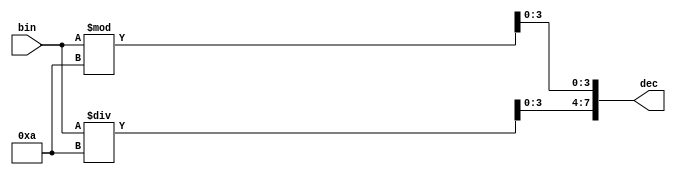
//Create a set of counters suitable for use as a 12-hour clock (with am/pm indicator). 
//Your counters are clocked by a fast-running clk, with a pulse on ena whenever your clock should increment (i.e., once per second).

//reset resets the clock to 12:00 AM. pm is 0 for AM and 1 for PM. hh, mm, and ss are two BCD (Binary-Coded Decimal)
//digits each for hours (01-12), minutes (00-59), and seconds (00-59). Reset has higher priority than enable, and can occur even when not enabled.

//The following timing diagram shows the rollover behaviour from 11:59:59 AM to 12:00:00 PM and the synchronous reset and enable behaviour.

module BinToBCD(
    input [7:0] bin,
    output [7:0] dec); 
    
    assign dec[7:4] = bin / 10;
    assign dec[3:0] = bin % 10;
    
endmodule
    
module top_module(
    input clk,
    input reset,
    input ena,
    output reg pm,
    output [7:0] hh,
    output [7:0] mm,
    output [7:0] ss); 
    
    reg [7:0] hh_bin;
    reg [7:0] mm_bin;
    reg [7:0] ss_bin;
    
    BinToBCD inst1(hh_bin, hh);
    BinToBCD inst2(mm_bin, mm);
    BinToBCD inst3(ss_bin, ss);

    always @(posedge clk) begin
        if (reset) begin
            pm <= 0;
        end
        else begin
            if (hh_bin == 11 && mm_bin == 59 && ss_bin == 59) begin
                pm = ~pm;
            end
        end
    end

    always @(posedge clk) begin
        if (reset) begin
            ss_bin <= 0;
        end
        else if (ena) begin
            if (ss_bin == 59) begin
                ss_bin <= 0;
            end
            else begin
                ss_bin <= ss_bin + 1;
            end
        end
    end

    always @(posedge clk) begin
        if (reset) begin
            mm_bin <= 0;
        end
        else if (ena) begin
            if (mm_bin == 59 && ss_bin == 59) begin
                mm_bin <= 0;
            end
            else if (ss_bin == 59) begin
                mm_bin <= mm_bin + 1;
            end
        end
    end

    always @(posedge clk) begin
        if (reset) begin
            hh_bin <= 12;
        end
        else if (ena) begin
            if (hh_bin == 12 && mm_bin == 59 && ss_bin == 59) begin
                hh_bin <= 1;
            end
            else if (mm_bin == 59 && ss_bin == 59) begin
                hh_bin <= hh_bin + 1;
            end
        end
    end

endmodule